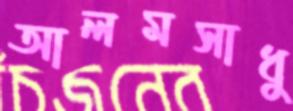
আলমসাধু